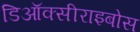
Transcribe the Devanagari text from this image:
डिऑक्सीराइबोस